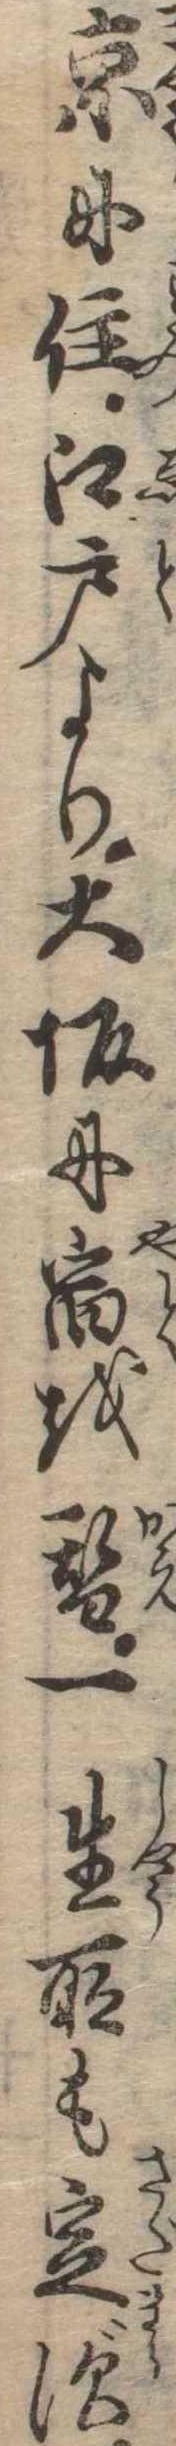
京に住江戸より大坂に宿を替一生所も定ず